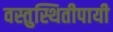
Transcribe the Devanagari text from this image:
वस्तुस्थितीपायी